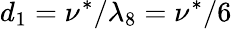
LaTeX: d_{1}=\nu^{*}/\lambda_{8}=\nu^{*}/6